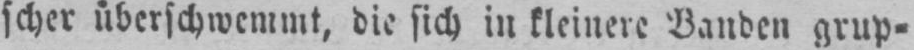
scher überschwemmt, die sich in kleinere Banden grup⸗